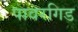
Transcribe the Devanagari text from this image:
पावरगिड